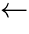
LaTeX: \overleftarrow{}